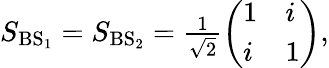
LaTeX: \begin{array}{r}{S_{\mathrm{{BS}_{1}}}=S_{\mathrm{{BS}_{2}}}=\frac{1}{\sqrt{2}}\left(\begin{array}{ll}{1}&{i}\\ {i}&{1}\end{array}\right),}\end{array}